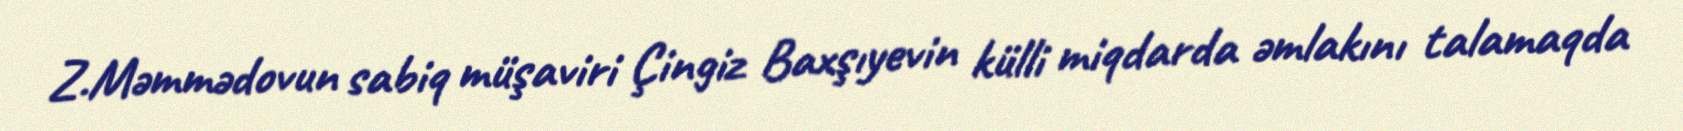
Z.Məmmədovun sabiq müşaviri Çingiz Baxşıyevin külli miqdarda əmlakını talamaqda